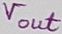
Text: Vout